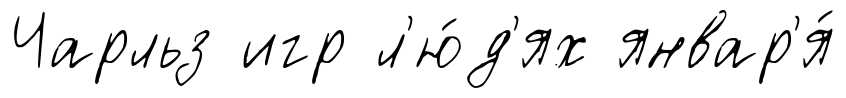
Чарльз игр л'ю́д'ях январ'я́